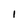
Character: I